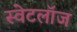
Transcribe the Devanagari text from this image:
स्वेटलॉज